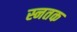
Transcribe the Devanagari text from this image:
स्नतक